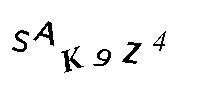
SAK9Z4